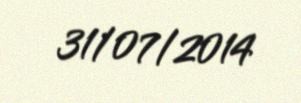
31/07/2014